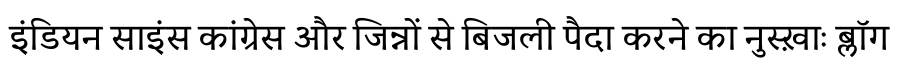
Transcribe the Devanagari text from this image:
इंडियन साइंस कांग्रेस और जिन्नों से बिजली पैदा करने का नुस्ख़ाः ब्लॉग